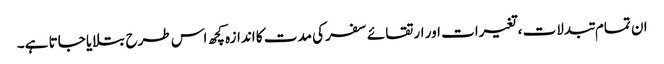
ان تمام تبدلات ،تغیرات اور ارتقائے سفر کی مدت کا اندازہ کچھ اس طرح بتلایا جاتا ہے۔